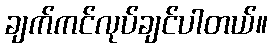
ချက်ကင်လုပ်ချင်ပါတယ်။